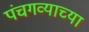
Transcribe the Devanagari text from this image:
पंचगव्याच्या